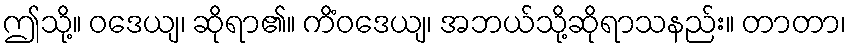
ဤသို့။ ဝဒေယျ၊ ဆိုရာ၏။ ကိံဝဒေယျ၊ အဘယ်သို့ဆိုရာသနည်း။ တာတာ၊